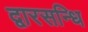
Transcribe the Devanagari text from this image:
द्वारसन्धि